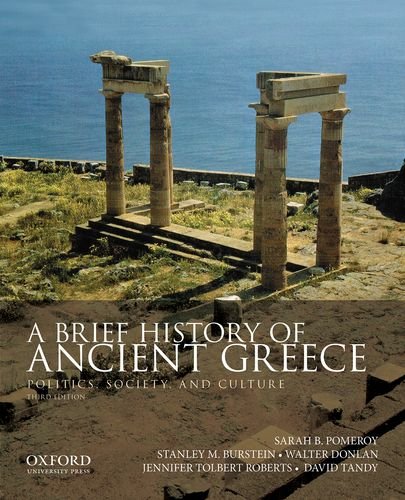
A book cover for A Brief History of Ancient Greece: Politics, Society, and Culture; Sarah B. Pomeroy; History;